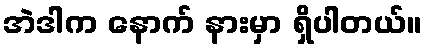
အဲဒါက နောက် နားမှာ ရှိပါတယ်။